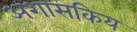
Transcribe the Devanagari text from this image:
अशासकिय